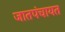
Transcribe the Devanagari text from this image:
जातपंचायत